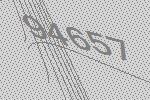
94657